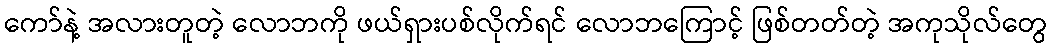
ကော်နဲ့ အလားတူတဲ့ လောဘကို ဖယ်ရှားပစ်လိုက်ရင် လောဘကြောင့် ဖြစ်တတ်တဲ့ အကုသိုလ်တွေ